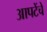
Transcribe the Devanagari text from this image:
आपटेंचे